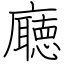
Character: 廰